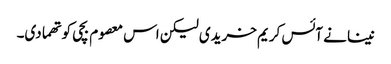
نینا نے آئس کریم خریدی لیکن اس معصوم بچی کو تھما دی۔